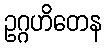
ဥဂ္ဂဟိတေန